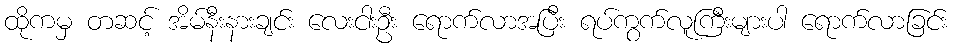
ထိုကမှ တဆင့် အိမ်နီးနားချင်း လေးငါးဦး ရောက်လာအပြီး ရပ်ကွက်လူကြီးများပါ ရောက်လာခြင်း